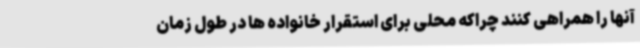
آنها را همراهی کنند چراکه محلی برای استقرار خانواده ها در طول زمان